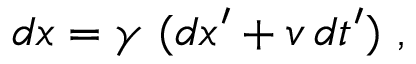
d x = \gamma \ ( d x ^ { \prime } + v \, d t ^ { \prime } ) \ ,